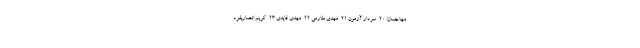
مهاجمان: ٢٠-سردار آزمون ٢١-مهدى طارمى ٢٢-مهدى قایدى ٢٣-کریم انصاریفرد